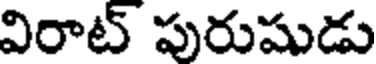
విరాట్ పురుషుడు